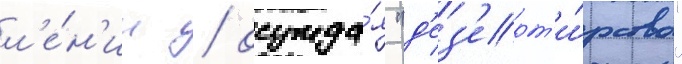
л'е́н'ин / осужда́я "д'ез'ерт'и́рство"